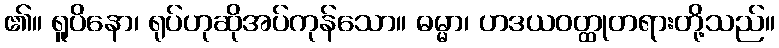
၏။ ရူပိနော၊ ရုပ်ဟုဆိုအပ်ကုန်သော။ ဓမ္မာ၊ ဟဒယဝတ္ထုတရားတို့သည်။